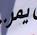
يمر